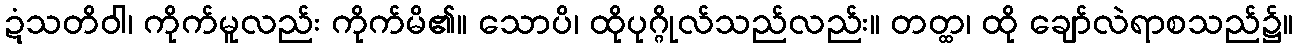
ဍံသတိဝါ၊ ကိုက်မူလည်း ကိုက်မိ၏။ သောပိ၊ ထိုပုဂ္ဂိုလ်သည်လည်း။ တတ္ထ၊ ထို ချော်လဲရာစသည်၌။